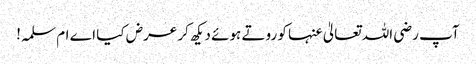
آپ رضی اللہ تعالیٰ عنہا کو روتے ہوئے دیکھ کر عرض کیا اے ام سلمہ!